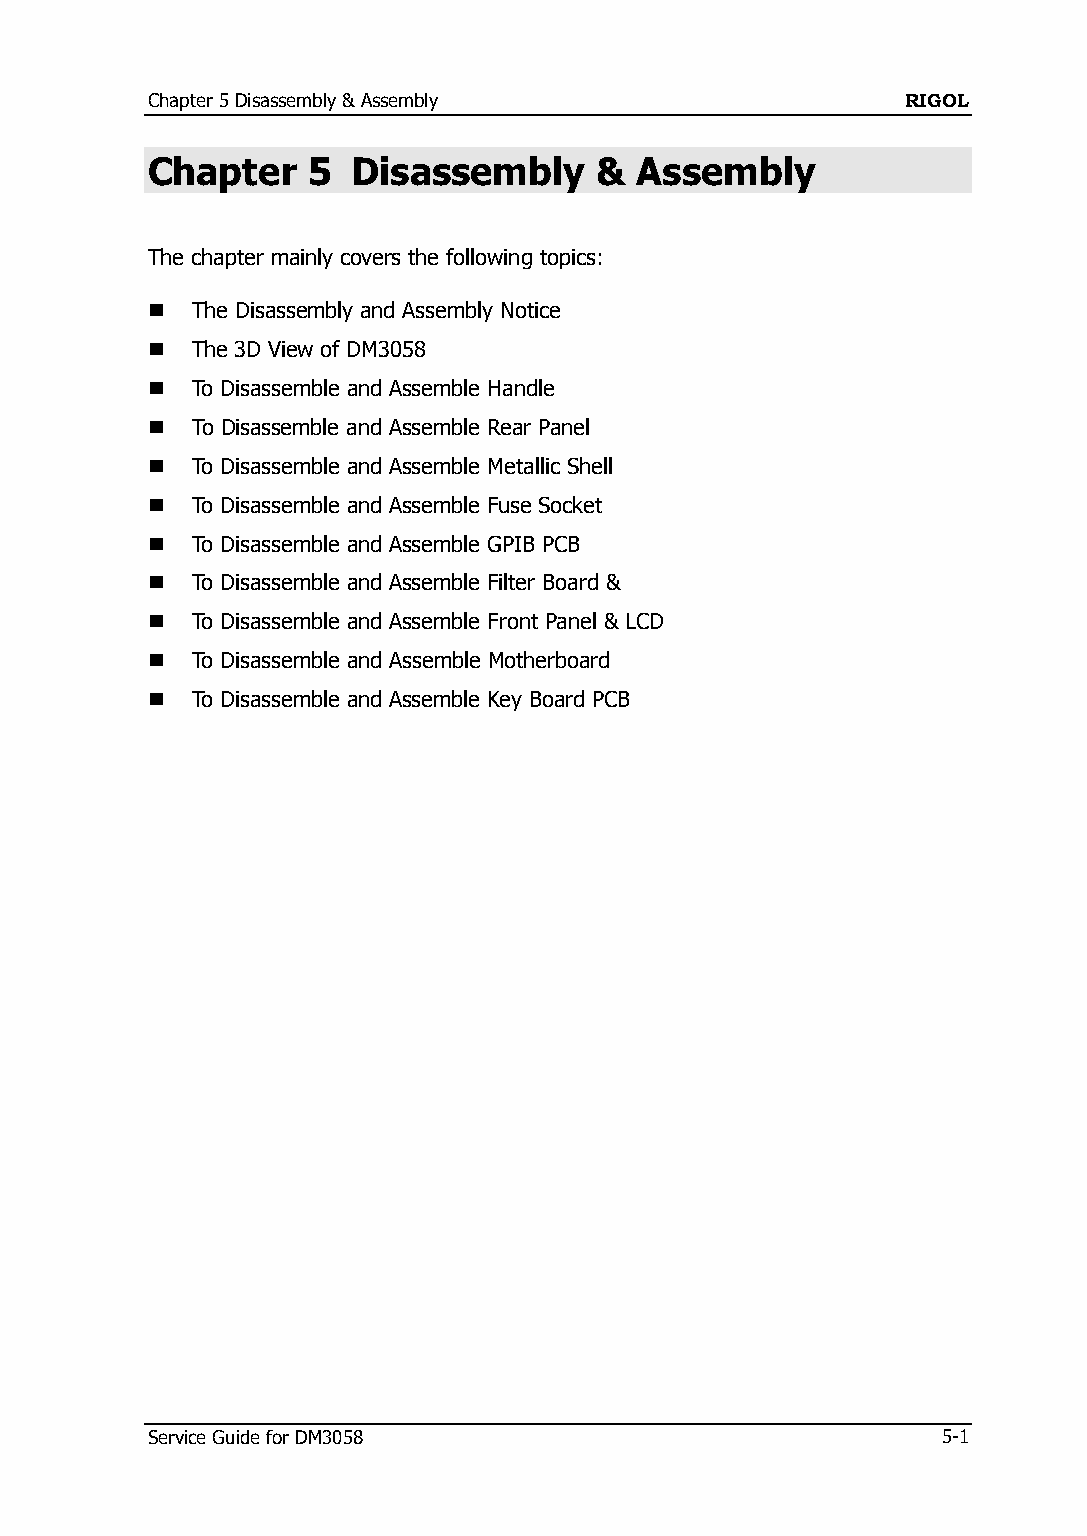
Chapter 5 Disassembly & Assembly                  RIGOL
 Chapter   5  Disassembly     &  Assembly
 The chapter mainly covers the following topics:
   The Disassembly and Assembly Notice
   The 3D View of DM3058
   To Disassemble and Assemble Handle
   To Disassemble and Assemble Rear Panel
   To Disassemble and Assemble Metallic Shell
   To Disassemble and Assemble Fuse Socket
   To Disassemble and Assemble GPIB PCB
   To Disassemble and Assemble Filter Board &
   To Disassemble and Assemble Front Panel & LCD
   To Disassemble and Assemble Motherboard
   To Disassemble and Assemble Key Board PCB
 Service Guide for DM3058                            5-1